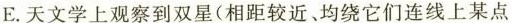
E.天文学上观察到双星(相距较近、均绕它们连线上某点